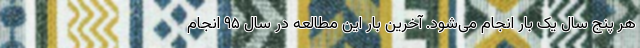
هر پنج سال یک بار انجام می‌شود. آخرین بار این مطالعه در سال ۹۵ انجام